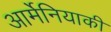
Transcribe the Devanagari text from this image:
आर्मेनियाकी